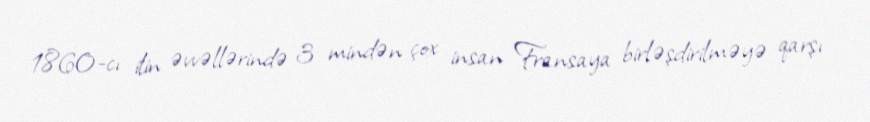
1860-cı ilin əvvəllərində 3 mindən çox insan Fransaya birləşdirilməyə qarşı